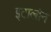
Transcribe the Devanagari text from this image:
इटालोन